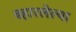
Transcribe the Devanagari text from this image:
बहारलेल्या